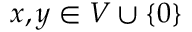
x , y \in V \cup \{ 0 \}